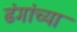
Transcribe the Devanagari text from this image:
ढंगांच्या